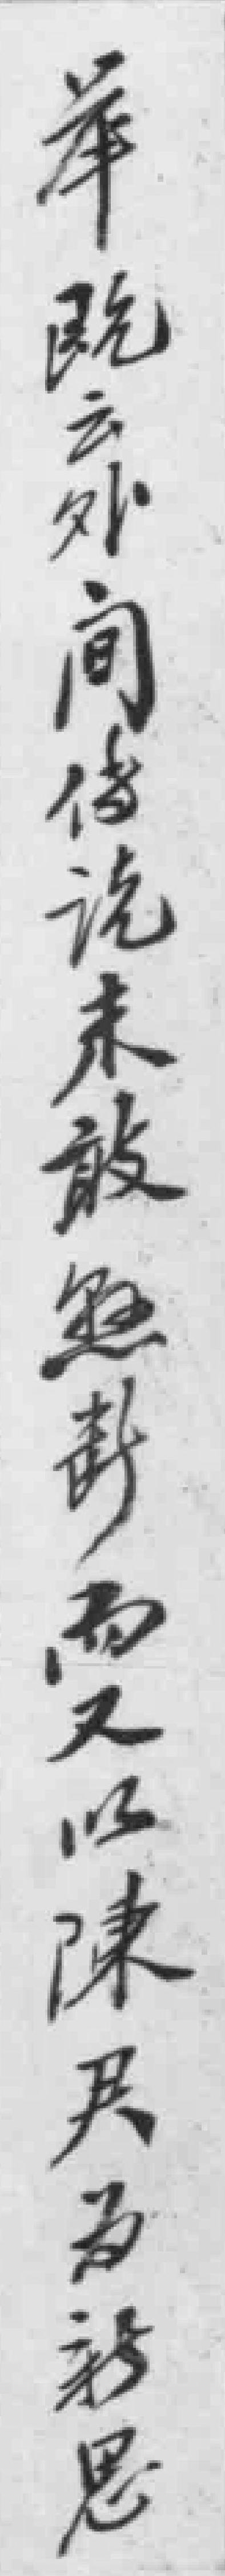
舉既云外间傳說未敢遽断而又以陳君為新思